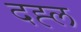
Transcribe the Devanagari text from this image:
दह्ल